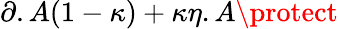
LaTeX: \partial.A(1-\kappa)+\kappa\eta.A\protect